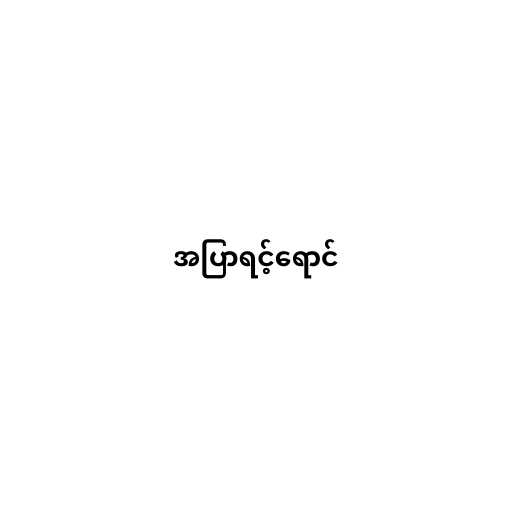
အပြာရင့်ရောင်